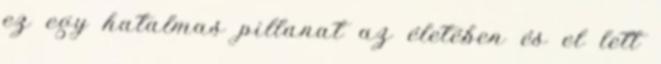
ez egy hatalmas pillanat az életében és el lett